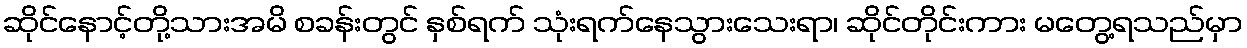
ဆိုင်နောင့်တို့သားအမိ စခန်းတွင် နှစ်ရက် သုံးရက်နေသွားသေးရာ၊ ဆိုင်တိုင်းကား မတွေ့ရသည်မှာ